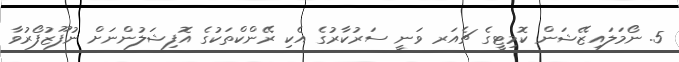
5. ނޯމަލައިޒޭޝަން ކޮމިޓީގެ ޗެއަރ ވަނީ ސަރުކާރުގެ އެކި ރޭންކްތަކުގެ އޮފިޝަލުންނަށް ނުފޫޒުފޯރުވާ